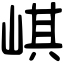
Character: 𡸷